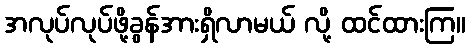
အလုပ်လုပ်ဖို့ခွန်အားရှိလာမယ် လို့ ထင်ထားကြ။